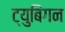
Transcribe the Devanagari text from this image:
ट्युबिंगन